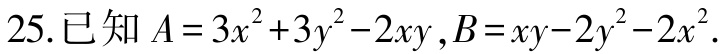
$25.已知\ A = 3x^{2}+3y^{2}-2xy,B = xy - 2y^{2}-2x^{2}.$